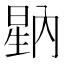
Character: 𭦷